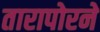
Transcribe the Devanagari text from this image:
तारापोरने